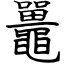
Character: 鼉